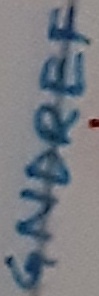
Text: GNDREF